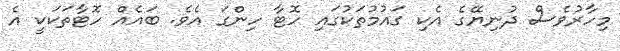
މިހާރުވެސް ދުނިޔޭގެ އެކި ގައުމުތަކުގައި ހޮޓާ ހިންގަ އެވެ. ބައެއް ހޮޓާތަކަކީ އެ